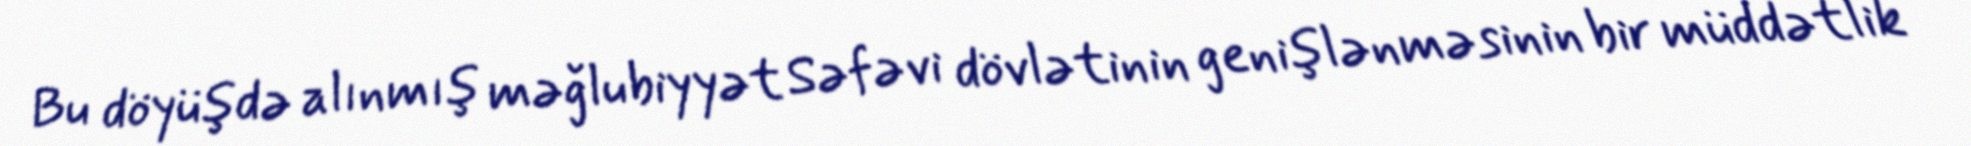
Bu döyüşdə alınmış məğlubiyyət Səfəvi dövlətinin genişlənməsinin bir müddətlik